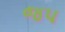
જપ